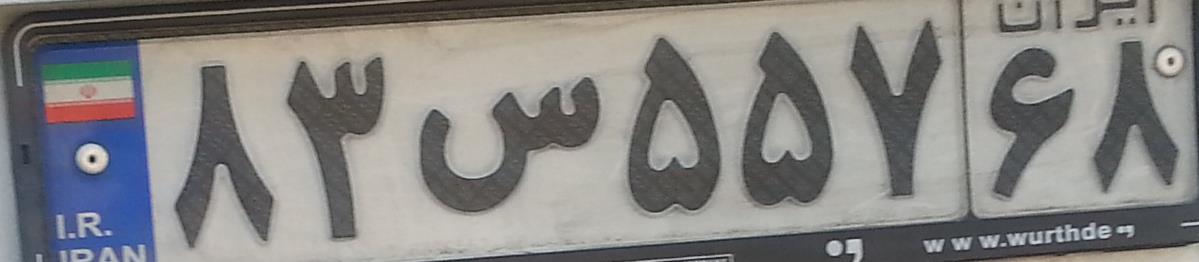
۸۳س۵۵۷۶۸